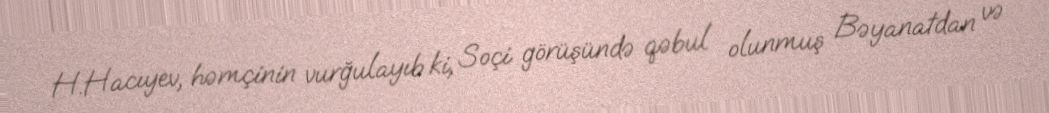
H.Hacıyev, həmçinin vurğulayıb ki, Soçi görüşündə qəbul olunmuş Bəyanatdan və